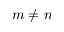
m \neq n